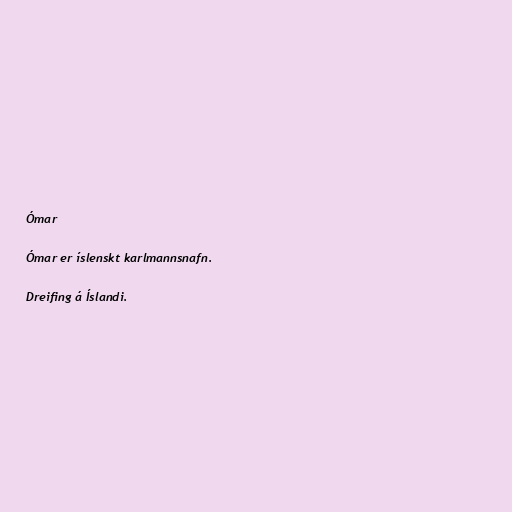
Ómar

Ómar er íslenskt karlmannsnafn.

Dreifing á Íslandi.